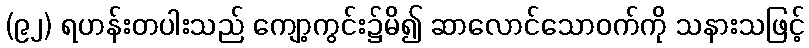
(၉၂) ရဟန်းတပါးသည် ကျော့ကွင်း၌မိ၍ ဆာလောင်သောဝက်ကို သနားသဖြင့်